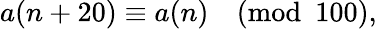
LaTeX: a(n+20)\equiv a(n){\pmod{100}},